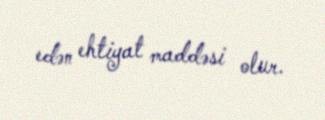
edən ehtiyat maddəsi olur.